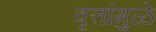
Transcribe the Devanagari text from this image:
वृत्तांमुळे